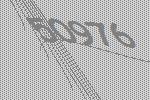
50976